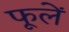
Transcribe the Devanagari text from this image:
फूलें